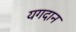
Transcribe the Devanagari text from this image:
यगदान